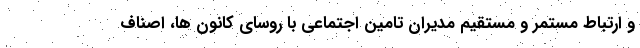
و ارتباط مستمر و مستقیم مدیران تامین اجتماعی با روسای کانون ها، اصناف